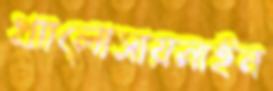
থ্যালোসায়নাইন